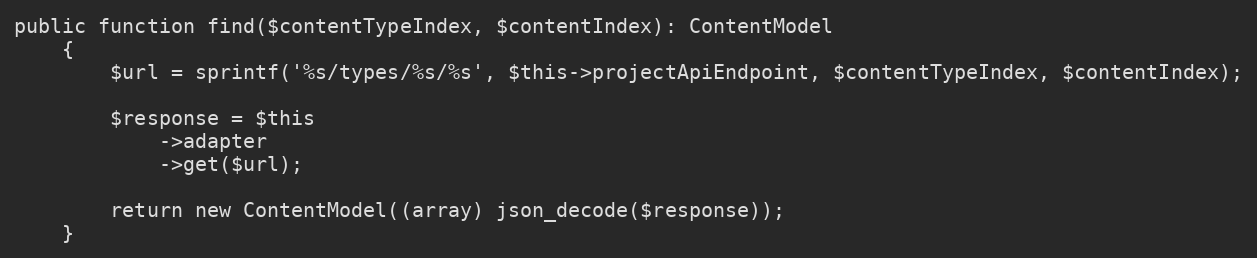
Language: PHP
public function find($contentTypeIndex, $contentIndex): ContentModel
    {
        $url = sprintf('%s/types/%s/%s', $this->projectApiEndpoint, $contentTypeIndex, $contentIndex);

        $response = $this
            ->adapter
            ->get($url);

        return new ContentModel((array) json_decode($response));
    }